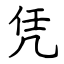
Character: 凭